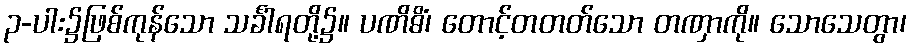
၃-ပါး၌ဖြစ်ကုန်သော သင်္ခါရတို့၌။ ပဏိဓိံ၊ တောင့်တတတ်သော တဏှာကို။ သောသေတွာ၊